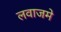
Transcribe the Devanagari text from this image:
लवाजमे